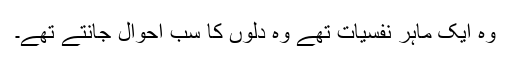
وہ ایک ماہر نفسیات تھے وہ دلوں کا سب احوال جانتے تھے۔